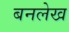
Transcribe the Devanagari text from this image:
बनलेख